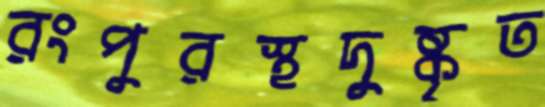
রংপুরস্থদুষ্কৃত